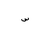
Letter: _sin